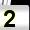
Digit: 2